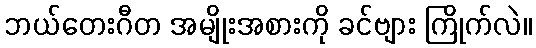
ဘယ်တေးဂီတ အမျိုးအစားကို ခင်ဗျား ကြိုက်လဲ။